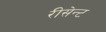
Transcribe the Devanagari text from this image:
रीसेन्ट